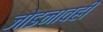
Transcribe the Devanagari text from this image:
जोडनावही